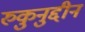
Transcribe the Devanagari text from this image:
रुकुनुद्दीन